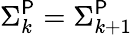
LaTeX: \Sigma_{k}^{\mathsf{P}}=\Sigma_{k+1}^{\mathsf{P}}